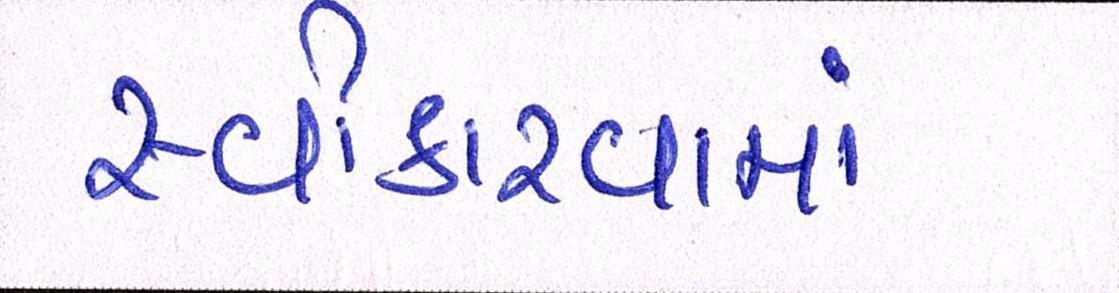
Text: સ્વીકારવામાં